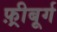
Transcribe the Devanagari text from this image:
फ़्रीबूर्ग